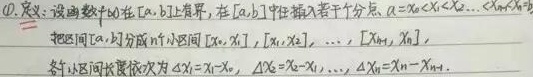
\textcircled{1} 定义：设函数 \(y = f(x)\) 在 \([a,b]\) 上有界，在 \([a,b]\) 中任意插入若干个分点 \(a = x_{0}<x_{1}<x_{2}<\cdots <x_{n - 1}<x_{n}=b\)，把区间 \([a,b]\) 分成 \(n\) 个小区间 \([x_{0},x_{1}]\)，\([x_{1},x_{2}]\)，\(\cdots\)，\([x_{n - 1},x_{n}]\)，各小区间长度依次为 \(\Delta x_{1}=x_{1}-x_{0}\)，\(\Delta x_{2}=x_{2}-x_{1}\)，\(\cdots\)，\(\Delta x_{n}=x_{n}-x_{n - 1}\)。